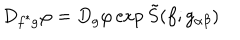
LaTeX: D _ { f ^ { \ast } g } \varphi = D _ { g } \varphi \exp { \tilde { S } ( f ; g _ { \alpha \beta } ) }